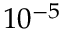
1 0 ^ { - 5 }